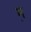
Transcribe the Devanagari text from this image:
म़